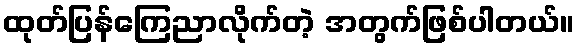
ထုတ်ပြန်ကြေညာလိုက်တဲ့ အတွက်ဖြစ်ပါတယ်။